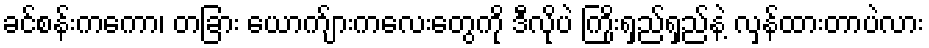
ခင်စန်းကကော၊ တခြား ယောက်ျားကလေးတွေကို ဒီလိုပဲ ကြိုးရှည်ရှည်နဲ့ လှန်ထားတာပဲလား